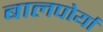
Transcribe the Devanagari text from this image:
बालपोर्या